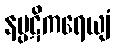
နပ္ပဋိကရေယျံ